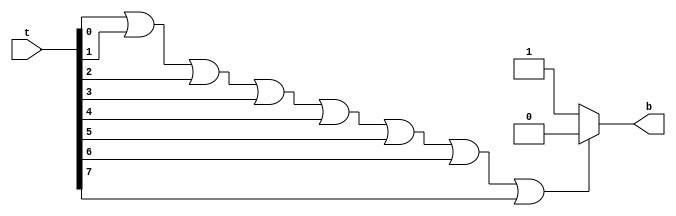
`timescale 1ns / 1ps
//////////////////////////////////////////////////////////////////////////////////
// Company: 
// Engineer: 
// 
// Design Name: 
// Module Name: rct
// Project Name: 
// Target Devices: 
// Tool Versions: 
// Description: 
// 
// Dependencies: 
// 
// Revision:
// Revision 0.01 - File Created
// Additional Comments:
// 
//////////////////////////////////////////////////////////////////////////////////


module rct(t,b

    );
    input [31:0]t;
    output b;
    wire nonzero = t[0]|t[1]|t[2]|t[3]|t[4]|t[5]|t[6]|t[7];
    wire [7:0]complementof7 = 248;
    wire is7= t&complementof7;
    assign b= nonzero?(is7?1:0):1;
endmodule